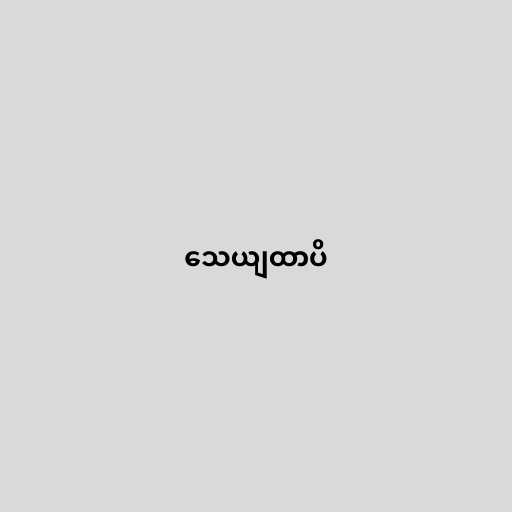
သေယျထာပိ